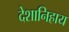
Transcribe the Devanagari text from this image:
देशानिहाय